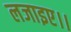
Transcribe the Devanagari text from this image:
लजाइए।।